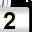
Digit: 2